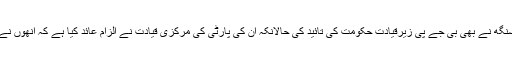
واحد ترنمول کانگریس ایم ایل اے ٹی رابندرو سنگھ نے بھی بی جے پی زیرقیادت حکومت کی تائید کی حالانکہ اُن کی پارٹی کی مرکزی قیادت نے الزام عائد کیا ہے کہ اُنھوں نے اِس معاملہ میں پارٹی سے مشاورت نہیں کی۔